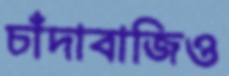
চাঁদাবাজিও